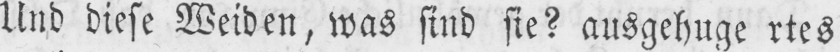
Und diese Weiden, was sind sie? ausgehugertes